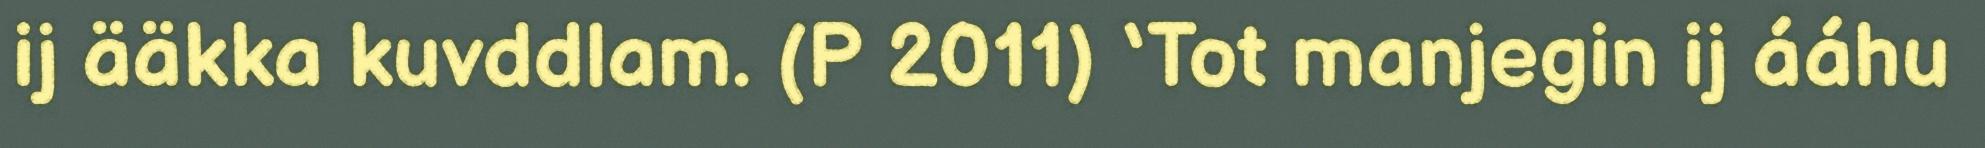
ij ääkka kuvddlam. (P 2011) ‘Tot manjegin ij ááhu